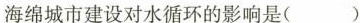
海绵城市建设对水循环的影响是( )